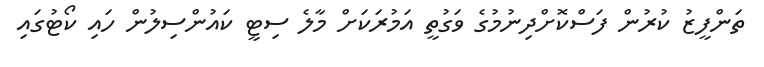
ތަންފީޒު ކުރުން ފަސްކޮށްދިނުމުގެ ވަގުތީ އަމުރަކަށް މާލެ ސިޓީ ކައުންސިލުން ހައި ކޯޓުގައި